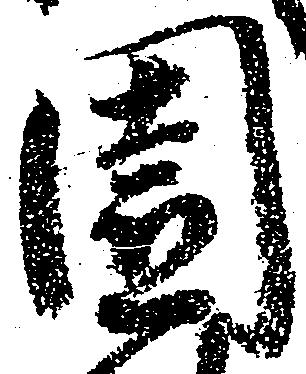
園